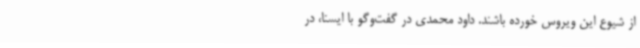
از شیوع این ویروس خورده باشند. داود محمدی در گفت‌وگو با ایسنا، در